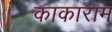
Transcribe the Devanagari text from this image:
काकाराम